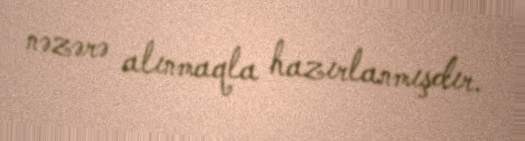
nəzərə alınmaqla hazırlanmışdır.